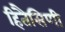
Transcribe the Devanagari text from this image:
हितैसिणी